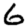
Digit: 6